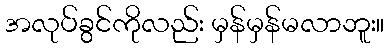
အလုပ်ခွင်ကိုလည်း မှန်မှန်မလာဘူး။